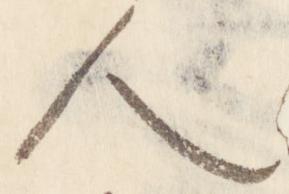
人